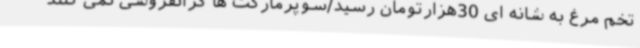
تخم مرغ به شانه ای 30هزارتومان رسید/سوپرمارکت ها گرانفروشی نمی کنند